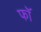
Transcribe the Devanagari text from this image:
फॉ